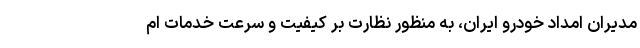
مدیران امداد خودرو ایران، به منظور نظارت بر کیفیت و سرعت خدمات ام